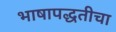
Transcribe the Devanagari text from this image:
भाषापद्धतीचा